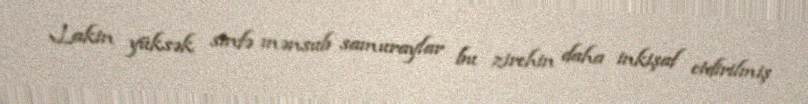
Lakin yüksək sinfə mənsub samuraylar bu zirehin daha inkişaf etdirilmiş